Problem: 18 + 32 = ?
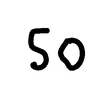
Handwritten answer: 50